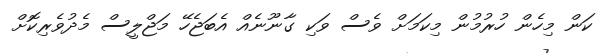
ކަން މިހެން ހުރުުމުން މިކަމަށް ވެސް ވަކި ގާނޫނެއް އެބަޖެހޭ މަޖްލީސް މެދުވެރިކޮށް